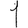
Digit: 1